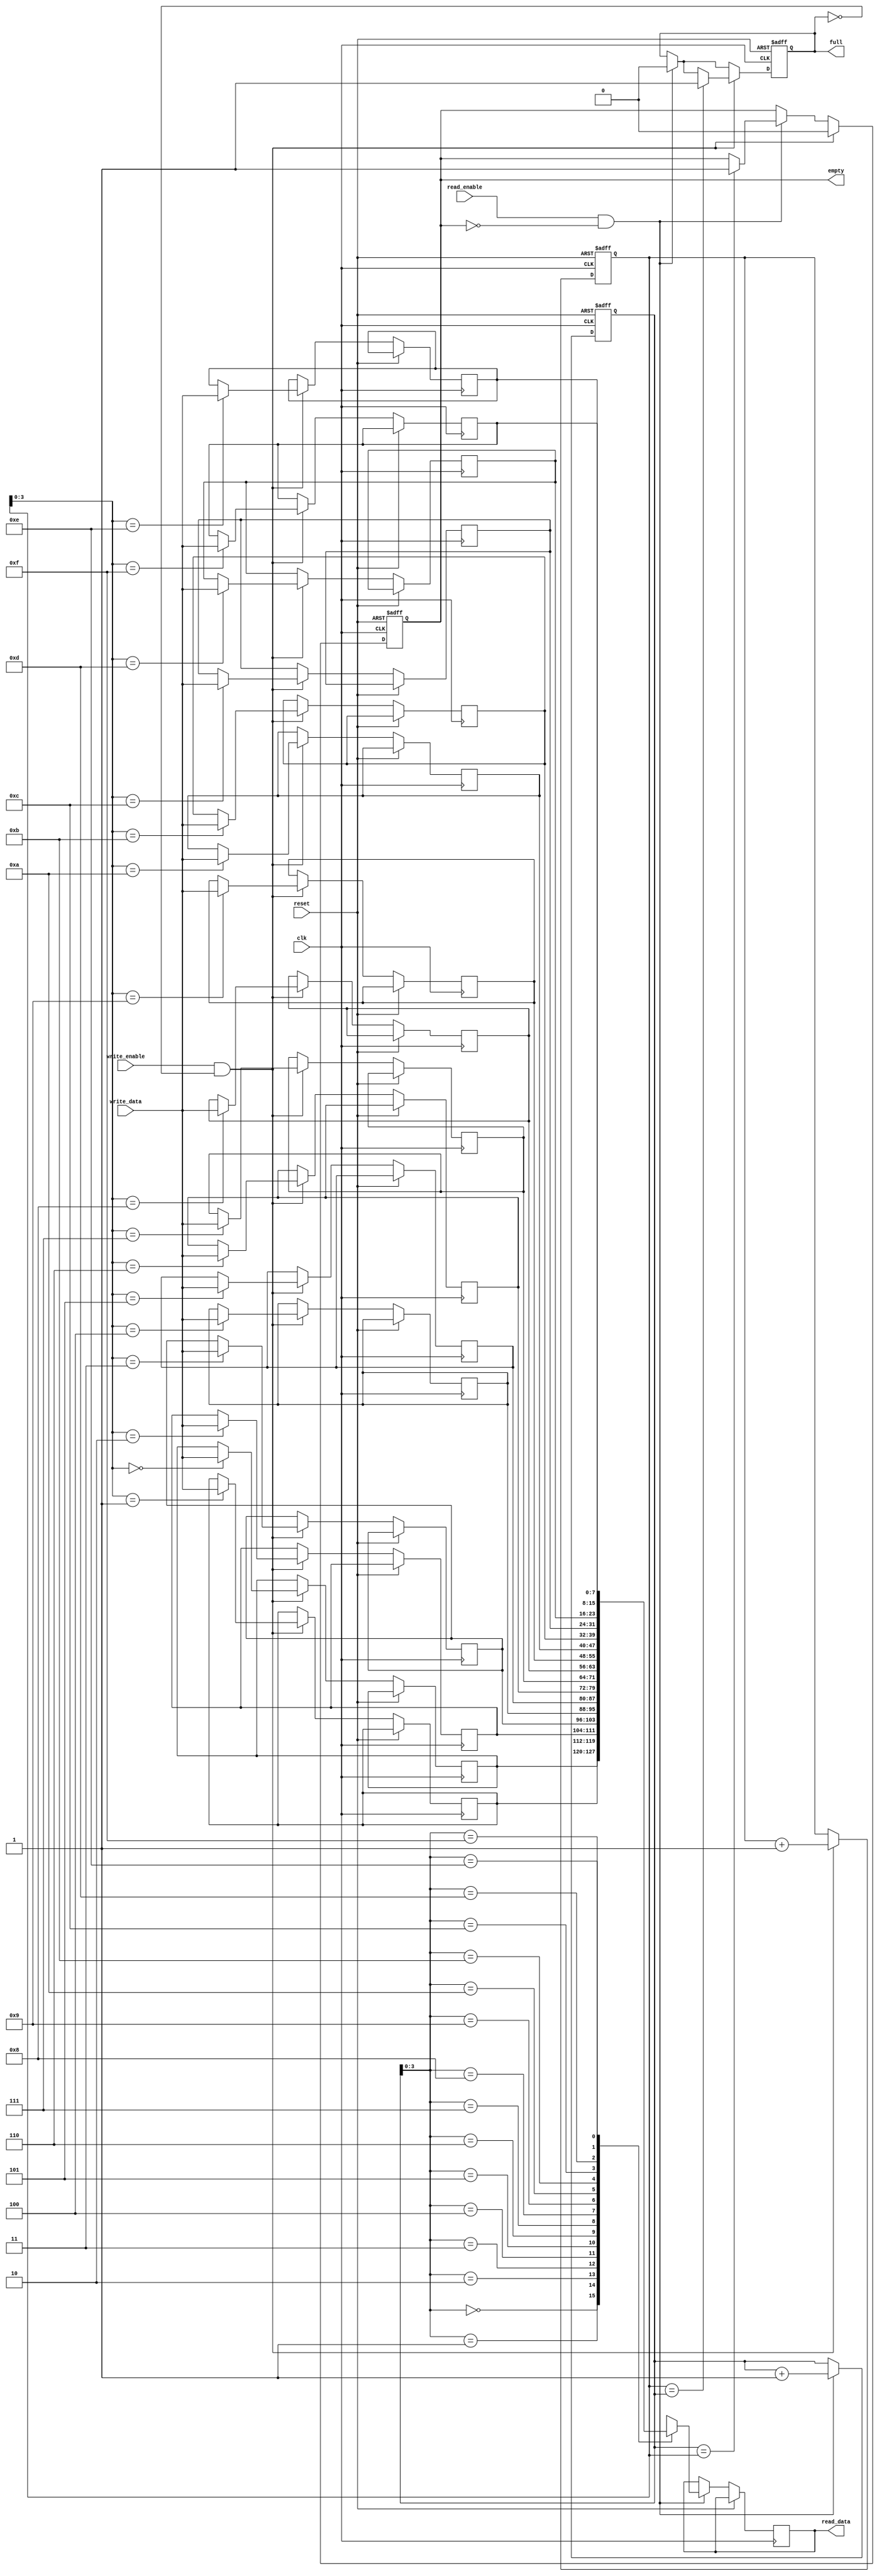
module Async_FIFO (
    input wire clk,
    input wire reset,
    input wire read_enable,
    input wire write_enable,
    input wire [DATA_WIDTH-1:0] write_data,
    output reg [DATA_WIDTH-1:0] read_data,
    output reg empty,
    output reg full
);

parameter FIFO_DEPTH = 16;
parameter DATA_WIDTH = 8;

reg [DATA_WIDTH-1:0] fifo [FIFO_DEPTH-1:0];
reg [DATA_WIDTH-1:0] read_ptr;
reg [DATA_WIDTH-1:0] write_ptr;

always @ (posedge clk or posedge reset) begin
    if (reset) begin
        read_ptr <= 8'h0;
        write_ptr <= 8'h0;
        empty <= 1'b1;
        full <= 1'b0;
    end else begin
        if (read_enable && !empty) begin
            read_data <= fifo[read_ptr];
            read_ptr <= read_ptr + 1;
            if (read_ptr == write_ptr)
                empty <= 1'b1;
            full <= 1'b0;
        end
        if (write_enable && !full) begin
            fifo[write_ptr] <= write_data;
            write_ptr <= write_ptr + 1;
            empty <= 1'b0;
            if (write_ptr == read_ptr)
                full <= 1'b1;
        end
    end
end

endmodule